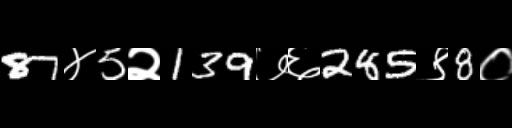
Text: 87४5२139७६285९8०